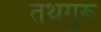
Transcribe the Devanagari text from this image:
तथगुरू